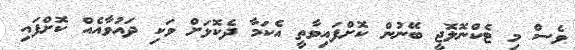
ވެސް މި ޓެކްނޮލޮޖީ ބޭނުން ކޮށްފައިވާތީ އެކަމާ ދެކޮޅަށް ވަކި ދައުވާއެއް ކޮށްފައި